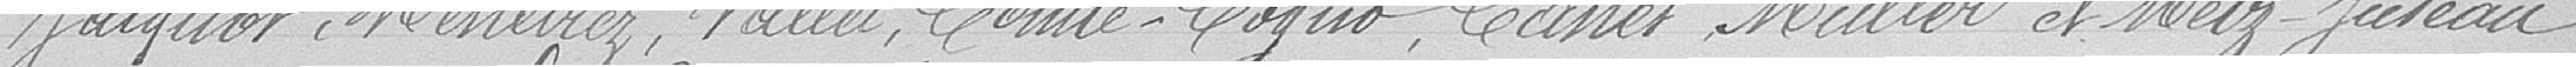
Jacquot, Menétrez, Vallet, Comte-Cogno, Canet, Maller et Metz-Juteau